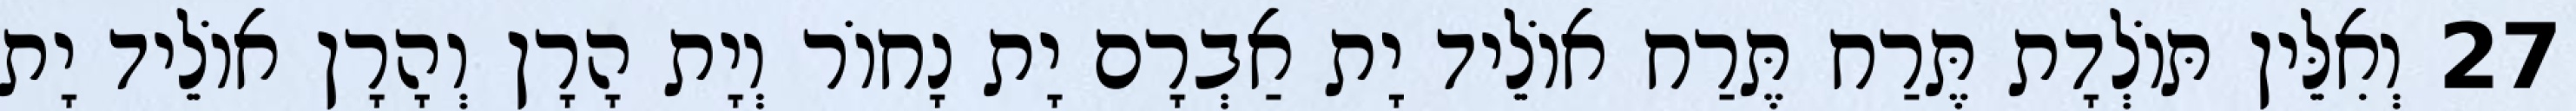
27 וְאִלֵּין תּוֹלְדָת תֶּרַח תֶּרַח אוֹלֵיד יָת אַבְרָם יָת נָחוֹר וְיָת הָרָן וְהָרָן אוֹלֵיד יָת